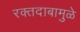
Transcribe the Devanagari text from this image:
रक्तदाबामुळे